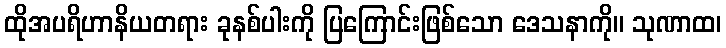
ထိုအပရိဟာနိယတရား ခုနစ်ပါးကို ပြကြောင်းဖြစ်သော ဒေသနာကို။ သုဏာထ၊